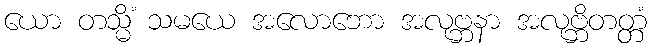
ယော တသ္မိံ သမယေ အလောဘော အလုဗ္ဘနာ အလုဗ္ဘိတတ္တံ